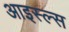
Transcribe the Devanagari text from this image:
आइस्ल्स